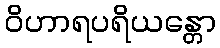
ဝိဟာရပရိယန္တော